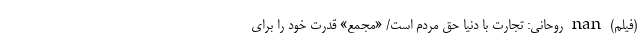
(فیلم) nan روحانی: تجارت با دنیا حق مردم است/ «مجمع» قدرت خود را برای